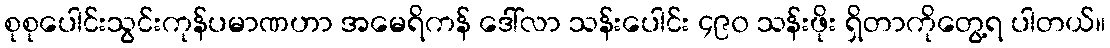
စုစုပေါင်းသွင်းကုန်ပမာဏဟာ အမေရိကန် ဒေါ်လာ သန်းပေါင်း ၄၉၀ သန်းဖိုး ရှိတာကိုတွေ့ရ ပါတယ်။